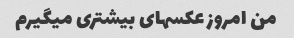
من امروز عکسهای بیشتری میگیرم